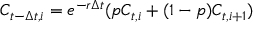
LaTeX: C _ { t - \Delta t , i } = e ^ { - r \Delta t } ( p C _ { t , i } + ( 1 - p ) C _ { t , i + 1 } )